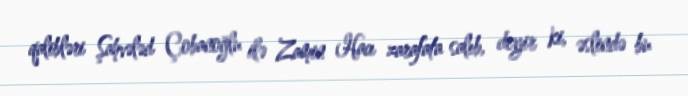
qalibləri Şahvələd Çobanoğlu ilə Zamin Hacı zarafata salıb, deyir ki, əslində bu